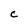
Character: c